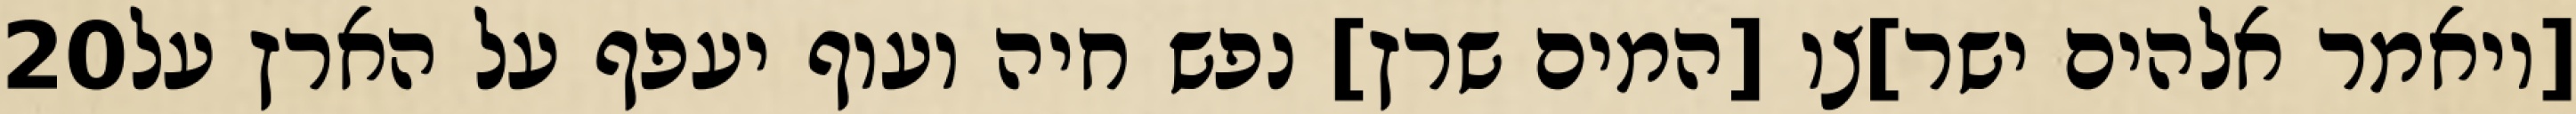
‎20‏ [ויאמר אלהים ישר]צו [המים שרץ] נפש חיה ועוף יעפף על הארץ על